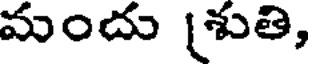
మందు శ్రుతి,